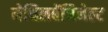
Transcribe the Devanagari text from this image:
मेथिलबेंजिनेल्ट